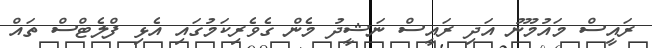
ރައީސް މައުމޫނު އަދި ރައީސް ނަޝީދު މެން ގެވެރިކަމުގައި އެޅި ފްލެޓްސް ތައް